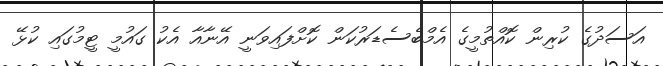
އަސަދުގެ ކުރިން ކޮއްތުމީގެ އެމްބެސެޑަރުކަން ކޮށްފައިވަނީ އޭނާއާ އެކު ގައުމީ ޓީމުގައި ކުޅޭ